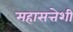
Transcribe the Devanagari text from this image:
महासत्तेशी